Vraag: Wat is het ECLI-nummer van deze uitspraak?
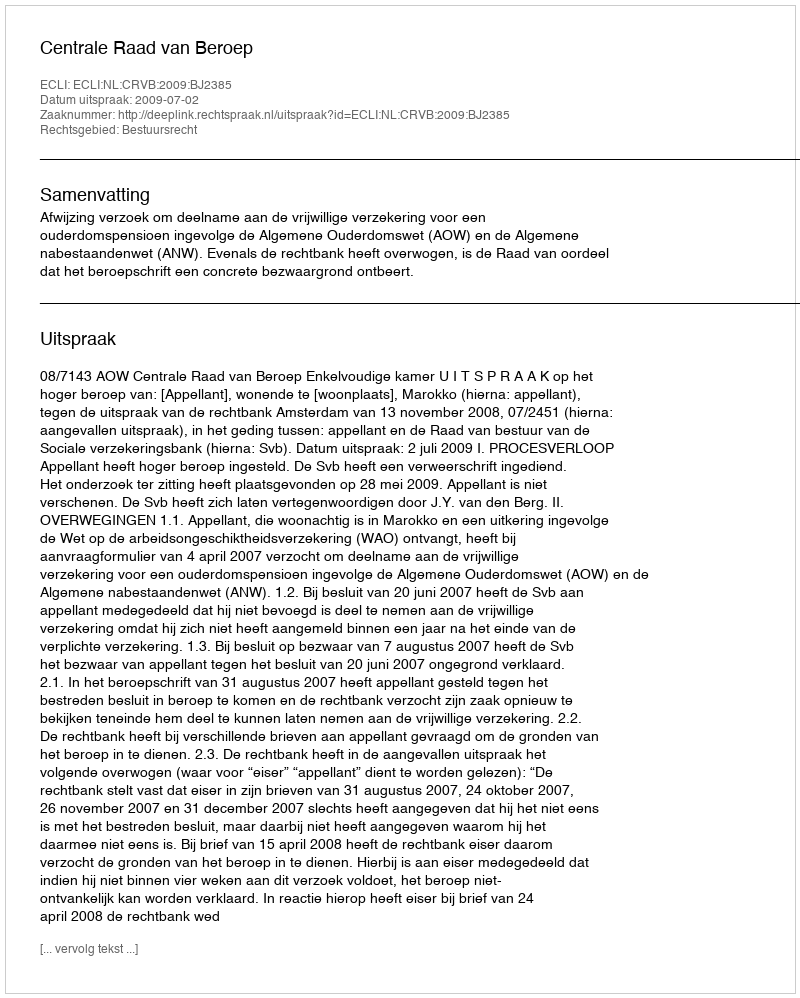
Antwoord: ECLI:NL:CRVB:2009:BJ2385